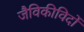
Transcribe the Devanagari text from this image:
जैविकीविदों